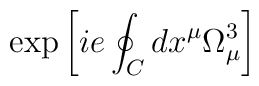
\exp\left[ ie \oint_C dx^{\mu} \Omega_{\mu}^3  \right]